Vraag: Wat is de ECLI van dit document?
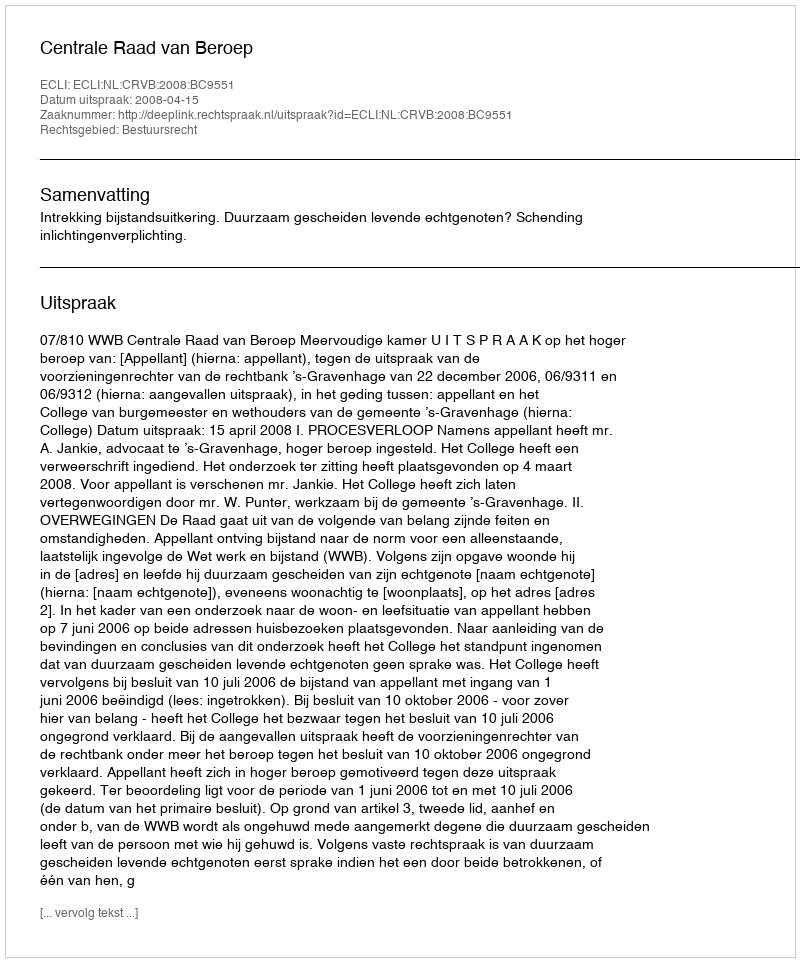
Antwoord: ECLI:NL:CRVB:2008:BC9551